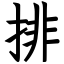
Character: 排